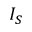
I _ { S }